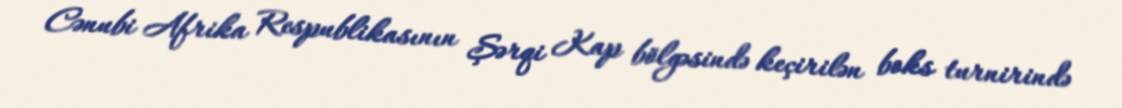
Cənubi Afrika Respublikasının Şərqi Kap bölgəsində keçirilən boks turnirində